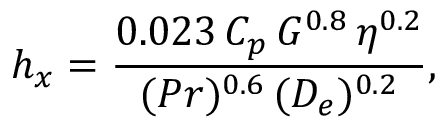
h _ { x } = \frac { 0 . 0 2 3 \, C _ { p } \, G ^ { 0 . 8 } \, \eta ^ { 0 . 2 } } { ( P r ) ^ { 0 . 6 } \, ( D _ { e } ) ^ { 0 . 2 } } ,